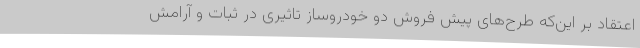
اعتقاد بر این‌که طرح‌های پیش فروش دو خودروساز تاثیری در ثبات و آرامش